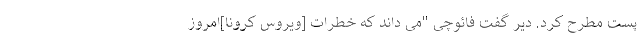
پست مطرح کرد. دیر گفت فائوچی "می داند که خطرات [ویروس کرونا]امروز